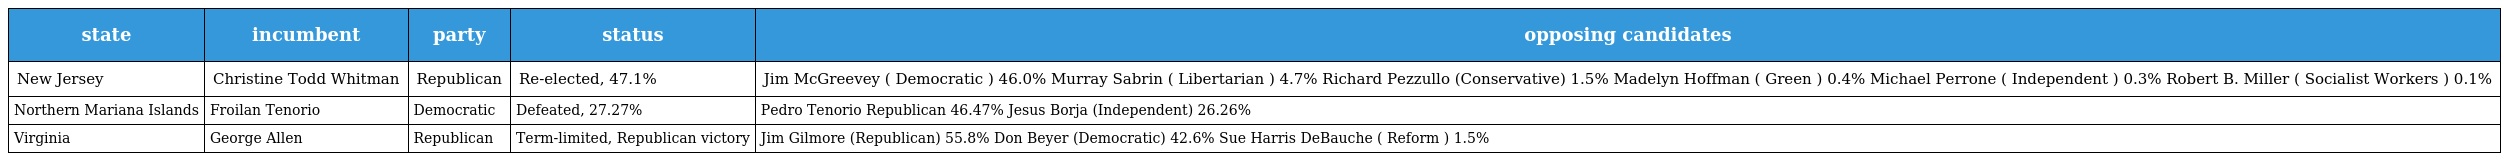
| state | incumbent | party | status | opposing candidates |
 | --- | --- | --- | --- | --- |
 | New Jersey | Christine Todd Whitman | Republican | Re-elected, 47.1% | Jim McGreevey ( Democratic ) 46.0% Murray Sabrin ( Libertarian ) 4.7% Richard Pezzullo (Conservative) 1.5% Madelyn Hoffman ( Green ) 0.4% Michael Perrone ( Independent ) 0.3% Robert B. Miller ( Socialist Workers ) 0.1% |
 | Northern Mariana Islands | Froilan Tenorio | Democratic | Defeated, 27.27% | Pedro Tenorio Republican 46.47% Jesus Borja (Independent) 26.26% |
 | Virginia | George Allen | Republican | Term-limited, Republican victory | Jim Gilmore (Republican) 55.8% Don Beyer (Democratic) 42.6% Sue Harris DeBauche ( Reform ) 1.5% |